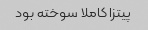
پیتزا کاملا سوخته بود